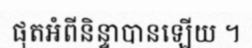
ផុតអំពីនិន្ទាបានឡើយ ។